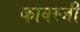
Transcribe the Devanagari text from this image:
कावस्जी